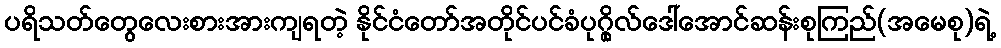
ပရိသတ်တွေလေးစားအားကျရတဲ့ နိုင်ငံတော်အတိုင်ပင်ခံပုဂ္ဂိုလ်ဒေါ်အောင်ဆန်းစုကြည်(အမေစု)ရဲ့